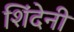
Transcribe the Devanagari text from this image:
शिंदेनी